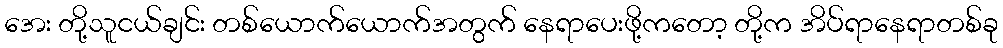
အေး တို့သူငယ်ချင်း တစ်ယောက်ယောက်အတွက် နေရာပေးဖို့ကတော့ တို့က အိပ်ရာနေရာတစ်ခု